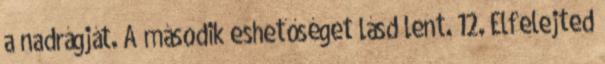
a nadrágját. A második eshetőséget lásd lent. 12. Elfelejted